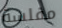
مفلسة